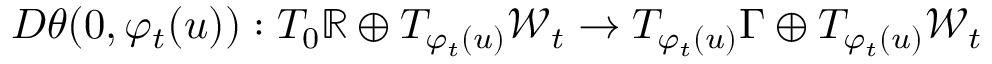
D \theta ( 0 , \varphi _ { t } ( u ) ) : T _ { 0 } \mathbb { R } \oplus T _ { \varphi _ { t } ( u ) } \mathcal { W } _ { t } \to T _ { \varphi _ { t } ( u ) } \Gamma \oplus T _ { \varphi _ { t } ( u ) } \mathcal { W } _ { t }